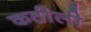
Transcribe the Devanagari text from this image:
कठीली